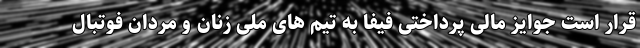
قرار است جوایز مالی پرداختی فیفا به تیم های ملی زنان و مردان فوتبال